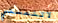
لاتلمسني